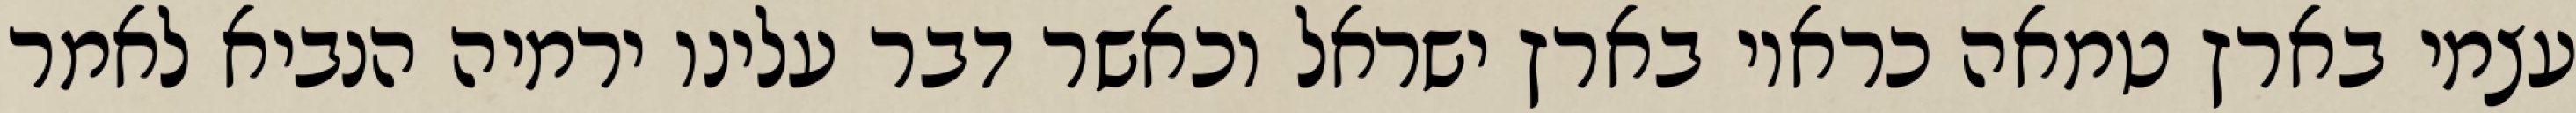
עצמי בארץ טמאה כראוי בארץ ישראל וכאשר דבר עלינו ירמיה הנביא לאמר